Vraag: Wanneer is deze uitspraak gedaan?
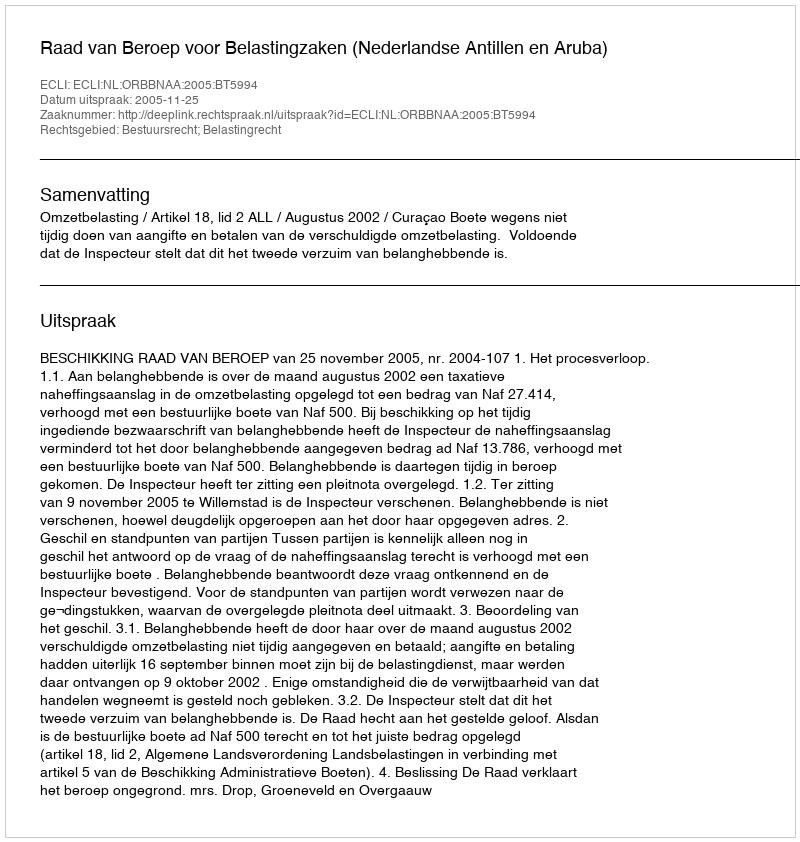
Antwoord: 2005-11-25